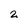
Character: 2